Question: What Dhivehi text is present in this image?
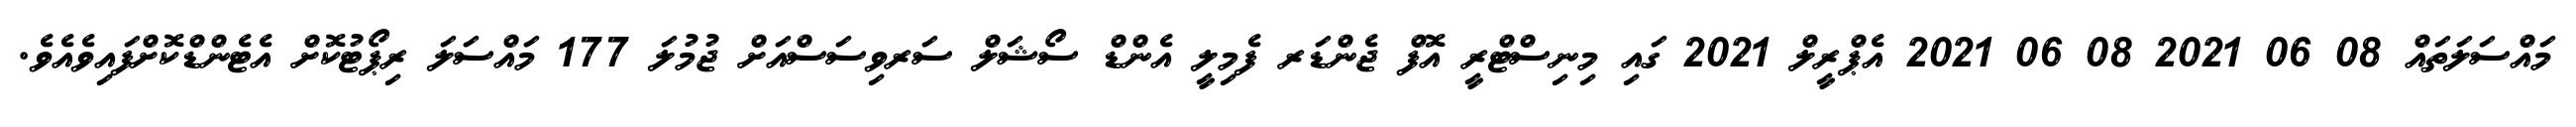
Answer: މައްސަލަތައް 08 06 2021 08 06 2021 އެޕްރީލް 2021 ގައި މިނިސްޓްރީ އޮފް ޖެންޑަރ ފެމިލީ އެންޑް ސޯޝަލް ސަރވިސަސްއަށް ޖުމުލަ 177 މައްސަލަ ރިޕޯޓުކޮށް އެޓެންޑްކޮށްފައިވެއެވެ.